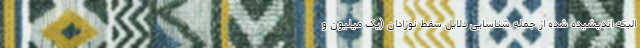
البته اندیشیده شده از جمله شناسایی دلایل سقط نوزادان (یک میلیون و